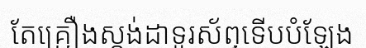
តែគ្រឿងស្តង់ដាទូរស័ព្ទទើបបំឡែង